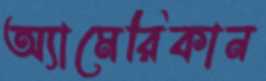
অ্যামেরিকান